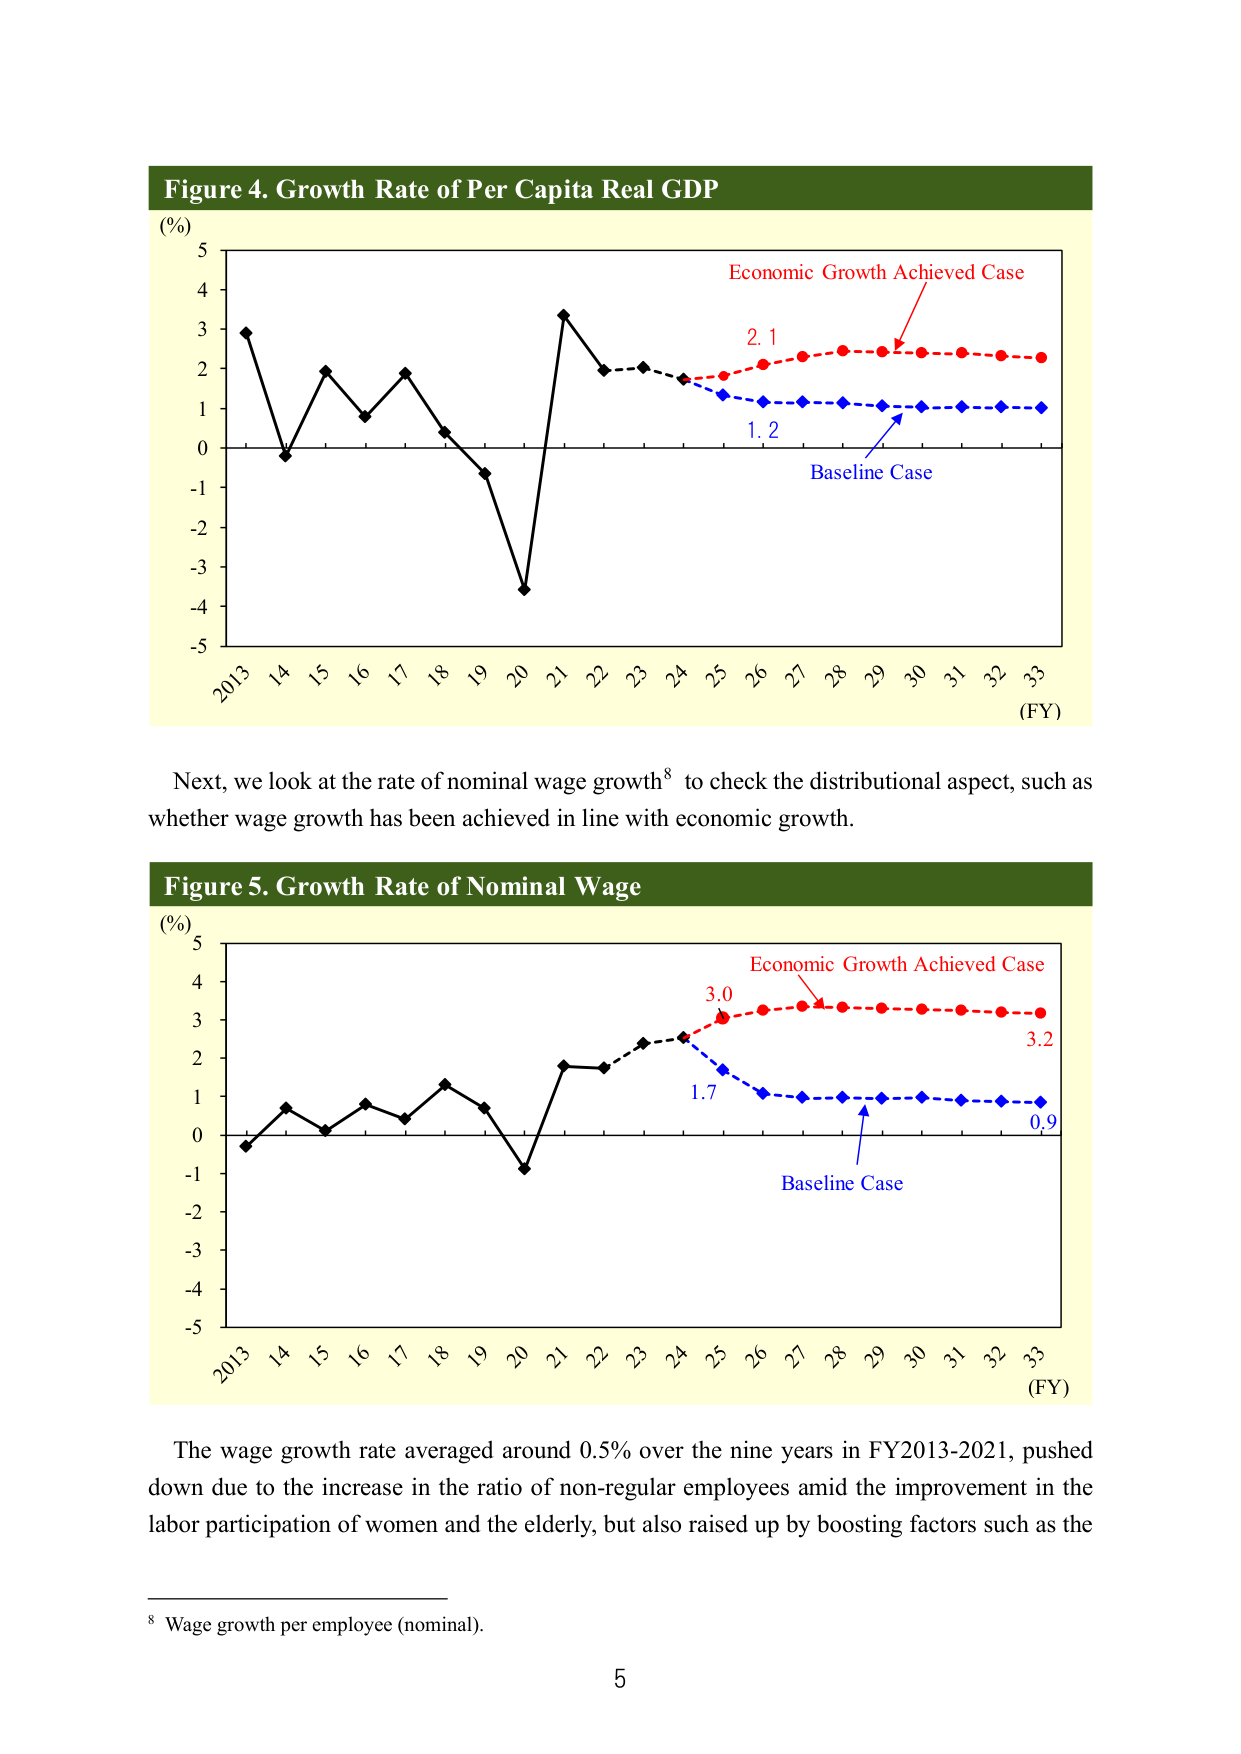
Figure 4. Growth Rate of Per Capita Real GDP
(%)
5
4
3
2
1
0
-1
-2
-3
-4
-5
2013 14 15 16 17 18 19 20 21 22 23 24 25 26 27 28 29 30 31 32 33
(FY)
Economic Growth Achieved Case
2.1
1.2
Baseline Case

Next, we look at the rate of nominal wage growth⁸ to check the distributional aspect, such as whether wage growth has been achieved in line with economic growth.

Figure 5. Growth Rate of Nominal Wage
(%)
5
4
3
2
1
0
-1
-2
-3
-4
-5
2013 14 15 16 17 18 19 20 21 22 23 24 25 26 27 28 29 30 31 32 33
(FY)
Economic Growth Achieved Case
3.0
3.2
1.7
0.9
Baseline Case

The wage growth rate averaged around 0.5% over the nine years in FY2013-2021, pushed down due to the increase in the ratio of non-regular employees amid the improvement in the labor participation of women and the elderly, but also raised up by boosting factors such as the

⁸ Wage growth per employee (nominal).
5